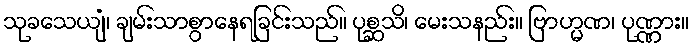
သုခသေယျံ၊ ချမ်းသာစွာနေရခြင်းသည်။ ပုစ္ဆသိ၊ မေးသနည်း။ ဗြာဟ္မဏ၊ ပုဏ္ဏား။